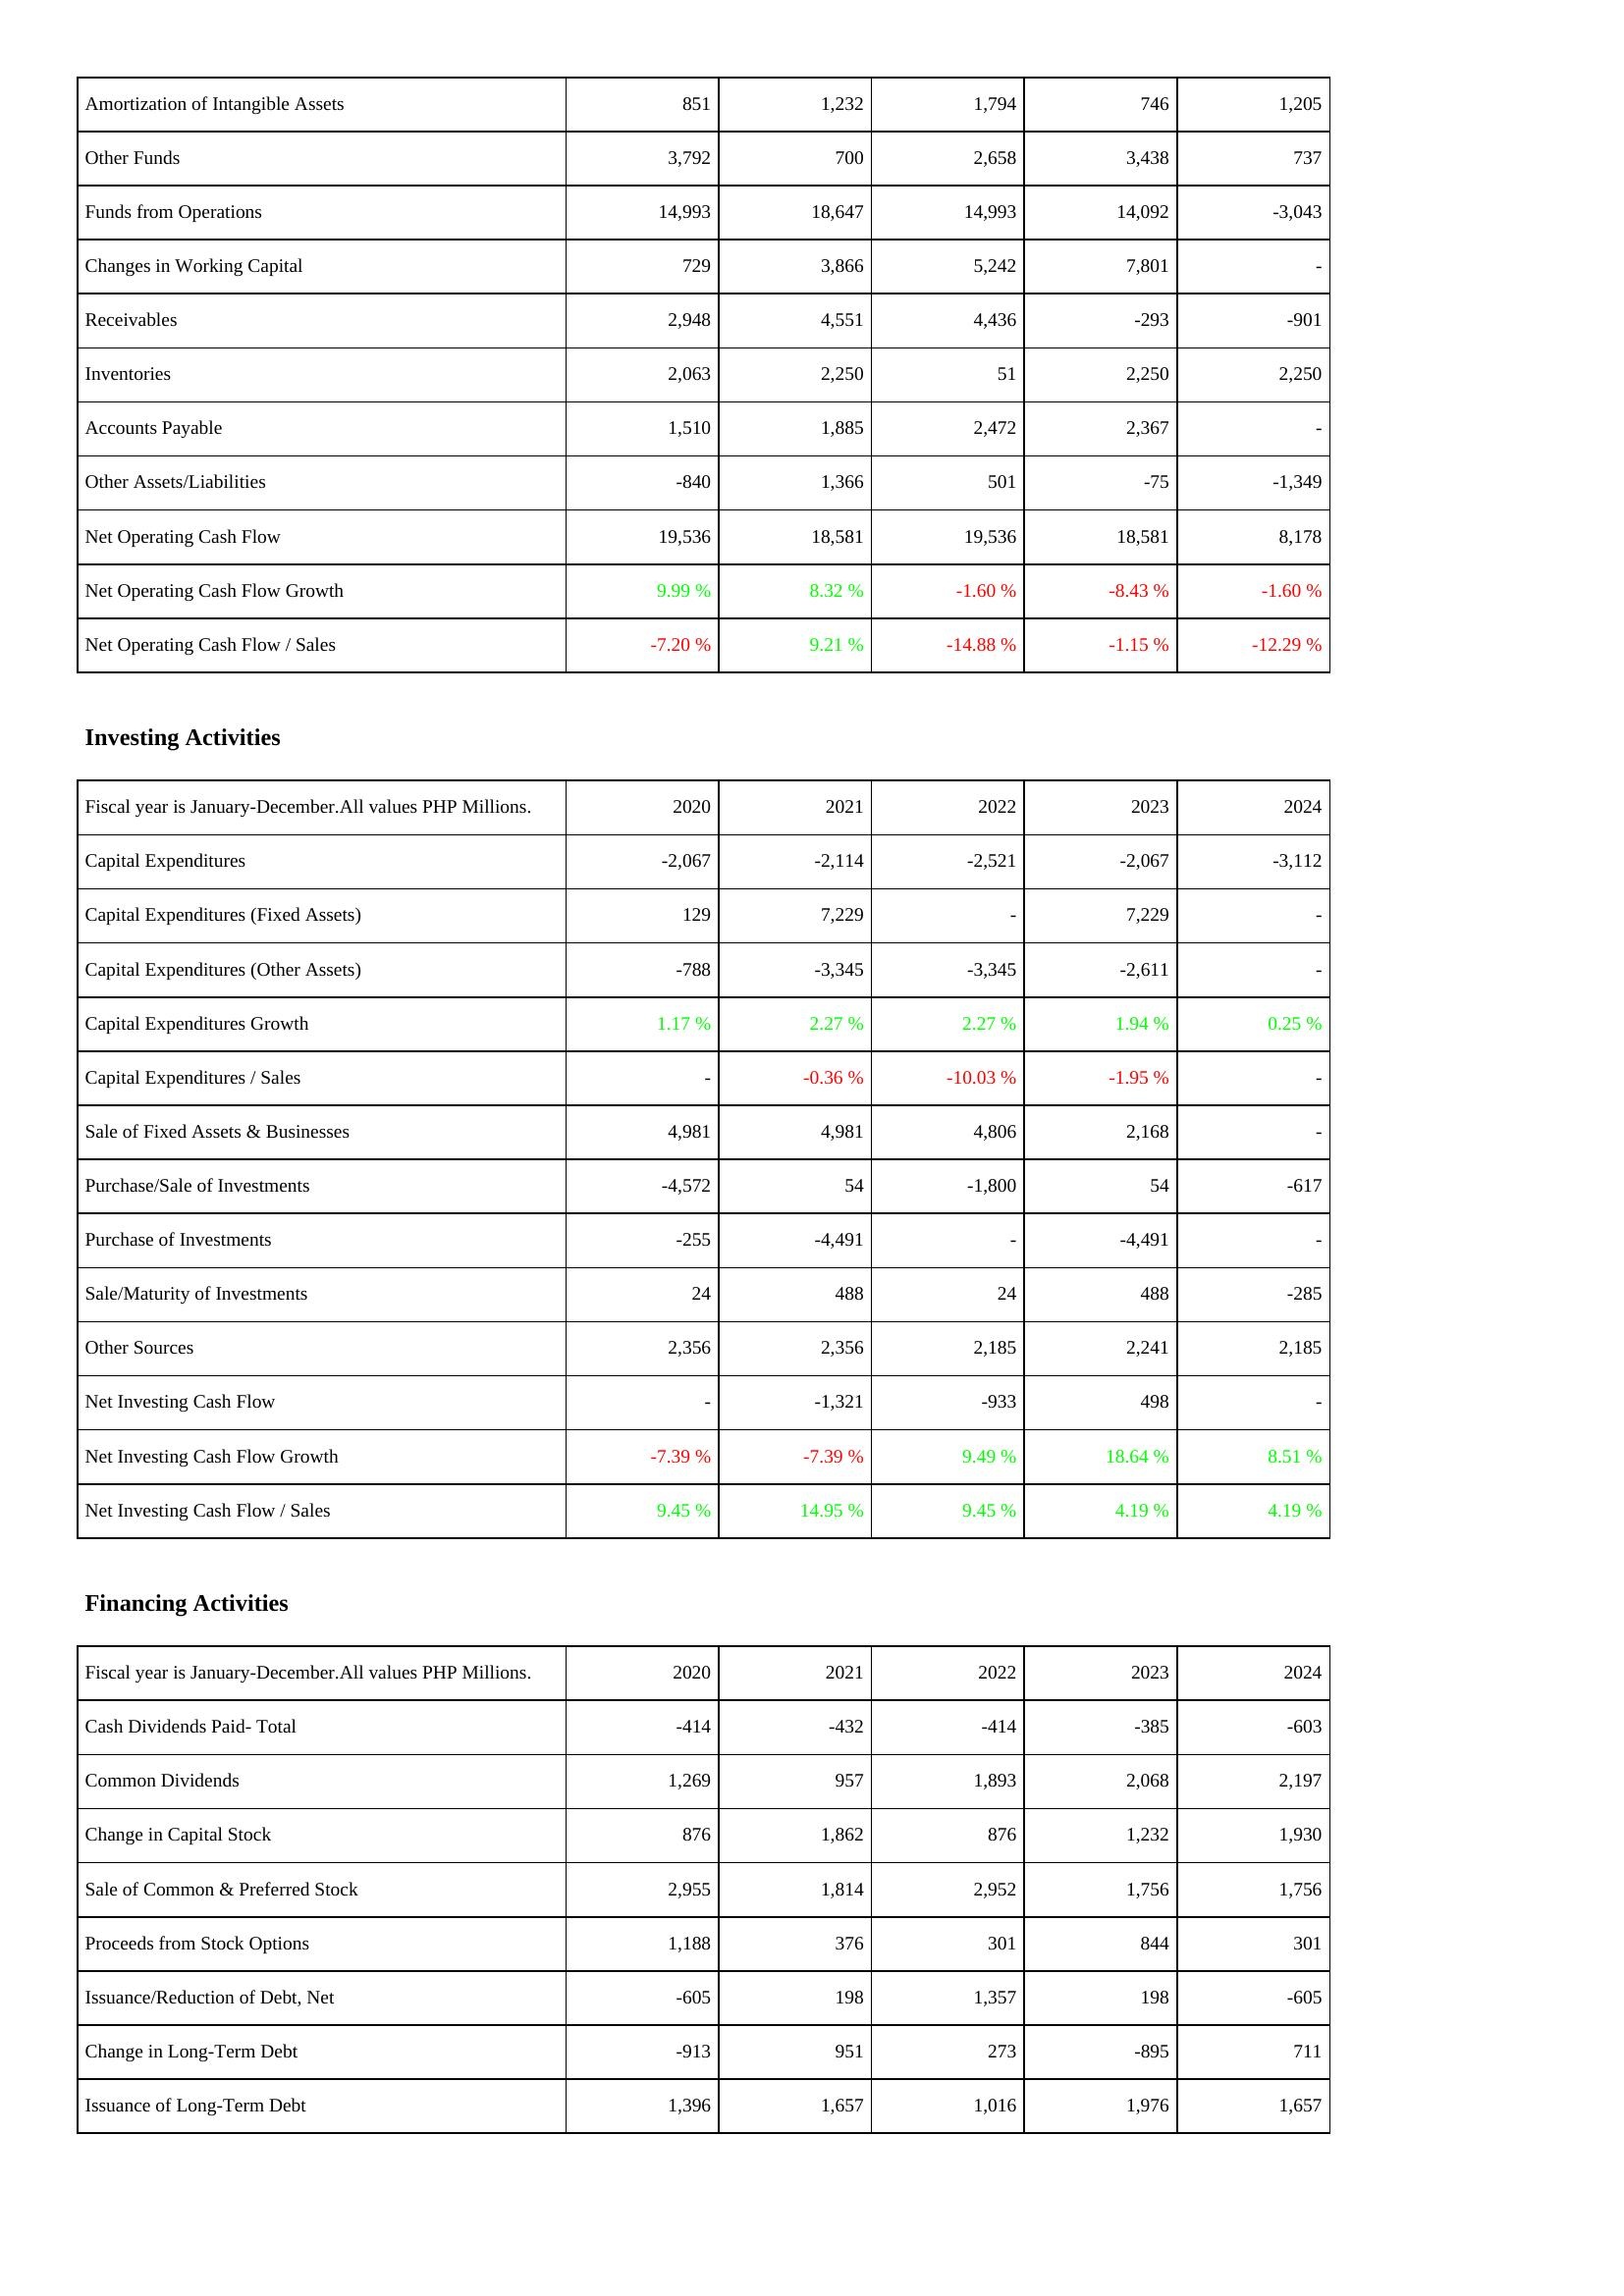
2020: Operating Activities: Amortization of Intangible Assets: 851
Other Funds: 3,792
Funds from Operations: 14,993
Changes in Working Capital: 729
Receivables: 2,948
Inventories: 2,063
Accounts Payable: 1,510
Other Assets/Liabilities: -840
Net Operating Cash Flow: 19,536
Net Operating Cash Flow Growth: 9.99 %
Net Operating Cash Flow / Sales: -7.20 %
Investing Activities: Capital Expenditures: -2,067
Capital Expenditures (Fixed Assets): 129
Capital Expenditures (Other Assets): -788
Capital Expenditures Growth: 1.17 %
Capital Expenditures / Sales: -
Sale of Fixed Assets & Businesses: 4,981
Purchase/Sale of Investments: -4,572
Purchase of Investments: -255
Sale/Maturity of Investments: 24
Other Sources: 2,356
Net Investing Cash Flow: -
Net Investing Cash Flow Growth: -7.39 %
Net Investing Cash Flow / Sales: 9.45 %
Financing Activities: Cash Dividends Paid- Total: -414
Common Dividends: 1,269
Change in Capital Stock: 876
Sale of Common & Preferred Stock: 2,955
Proceeds from Stock Options: 1,188
Issuance/Reduction of Debt, Net: -605
Change in Long-Term Debt: -913
Issuance of Long-Term Debt: 1,396
2021: Operating Activities: Amortization of Intangible Assets: 1,232
Other Funds: 700
Funds from Operations: 18,647
Changes in Working Capital: 3,866
Receivables: 4,551
Inventories: 2,250
Accounts Payable: 1,885
Other Assets/Liabilities: 1,366
Net Operating Cash Flow: 18,581
Net Operating Cash Flow Growth: 8.32 %
Net Operating Cash Flow / Sales: 9.21 %
Investing Activities: Capital Expenditures: -2,114
Capital Expenditures (Fixed Assets): 7,229
Capital Expenditures (Other Assets): -3,345
Capital Expenditures Growth: 2.27 %
Capital Expenditures / Sales: -0.36 %
Sale of Fixed Assets & Businesses: 4,981
Purchase/Sale of Investments: 54
Purchase of Investments: -4,491
Sale/Maturity of Investments: 488
Other Sources: 2,356
Net Investing Cash Flow: -1,321
Net Investing Cash Flow Growth: -7.39 %
Net Investing Cash Flow / Sales: 14.95 %
Financing Activities: Cash Dividends Paid- Total: -432
Common Dividends: 957
Change in Capital Stock: 1,862
Sale of Common & Preferred Stock: 1,814
Proceeds from Stock Options: 376
Issuance/Reduction of Debt, Net: 198
Change in Long-Term Debt: 951
Issuance of Long-Term Debt: 1,657
2022: Operating Activities: Amortization of Intangible Assets: 1,794
Other Funds: 2,658
Funds from Operations: 14,993
Changes in Working Capital: 5,242
Receivables: 4,436
Inventories: 51
Accounts Payable: 2,472
Other Assets/Liabilities: 501
Net Operating Cash Flow: 19,536
Net Operating Cash Flow Growth: -1.60 %
Net Operating Cash Flow / Sales: -14.88 %
Investing Activities: Capital Expenditures: -2,521
Capital Expenditures (Fixed Assets): -
Capital Expenditures (Other Assets): -3,345
Capital Expenditures Growth: 2.27 %
Capital Expenditures / Sales: -10.03 %
Sale of Fixed Assets & Businesses: 4,806
Purchase/Sale of Investments: -1,800
Purchase of Investments: -
Sale/Maturity of Investments: 24
Other Sources: 2,185
Net Investing Cash Flow: -933
Net Investing Cash Flow Growth: 9.49 %
Net Investing Cash Flow / Sales: 9.45 %
Financing Activities: Cash Dividends Paid- Total: -414
Common Dividends: 1,893
Change in Capital Stock: 876
Sale of Common & Preferred Stock: 2,952
Proceeds from Stock Options: 301
Issuance/Reduction of Debt, Net: 1,357
Change in Long-Term Debt: 273
Issuance of Long-Term Debt: 1,016
2023: Operating Activities: Amortization of Intangible Assets: 746
Other Funds: 3,438
Funds from Operations: 14,092
Changes in Working Capital: 7,801
Receivables: -293
Inventories: 2,250
Accounts Payable: 2,367
Other Assets/Liabilities: -75
Net Operating Cash Flow: 18,581
Net Operating Cash Flow Growth: -8.43 %
Net Operating Cash Flow / Sales: -1.15 %
Investing Activities: Capital Expenditures: -2,067
Capital Expenditures (Fixed Assets): 7,229
Capital Expenditures (Other Assets): -2,611
Capital Expenditures Growth: 1.94 %
Capital Expenditures / Sales: -1.95 %
Sale of Fixed Assets & Businesses: 2,168
Purchase/Sale of Investments: 54
Purchase of Investments: -4,491
Sale/Maturity of Investments: 488
Other Sources: 2,241
Net Investing Cash Flow: 498
Net Investing Cash Flow Growth: 18.64 %
Net Investing Cash Flow / Sales: 4.19 %
Financing Activities: Cash Dividends Paid- Total: -385
Common Dividends: 2,068
Change in Capital Stock: 1,232
Sale of Common & Preferred Stock: 1,756
Proceeds from Stock Options: 844
Issuance/Reduction of Debt, Net: 198
Change in Long-Term Debt: -895
Issuance of Long-Term Debt: 1,976
2024: Operating Activities: Amortization of Intangible Assets: 1,205
Other Funds: 737
Funds from Operations: -3,043
Changes in Working Capital: -
Receivables: -901
Inventories: 2,250
Accounts Payable: -
Other Assets/Liabilities: -1,349
Net Operating Cash Flow: 8,178
Net Operating Cash Flow Growth: -1.60 %
Net Operating Cash Flow / Sales: -12.29 %
Investing Activities: Capital Expenditures: -3,112
Capital Expenditures (Fixed Assets): -
Capital Expenditures (Other Assets): -
Capital Expenditures Growth: 0.25 %
Capital Expenditures / Sales: -
Sale of Fixed Assets & Businesses: -
Purchase/Sale of Investments: -617
Purchase of Investments: -
Sale/Maturity of Investments: -285
Other Sources: 2,185
Net Investing Cash Flow: -
Net Investing Cash Flow Growth: 8.51 %
Net Investing Cash Flow / Sales: 4.19 %
Financing Activities: Cash Dividends Paid- Total: -603
Common Dividends: 2,197
Change in Capital Stock: 1,930
Sale of Common & Preferred Stock: 1,756
Proceeds from Stock Options: 301
Issuance/Reduction of Debt, Net: -605
Change in Long-Term Debt: 711
Issuance of Long-Term Debt: 1,657